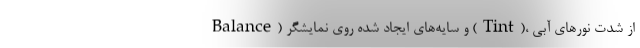
Balance) و سایه‌های ایجاد شده روی نمایشگر (Tint)، از شدت نورهای آبی